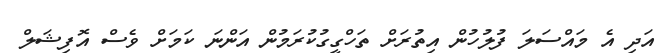
އަދި އެ މައްސަލަ ފުލުހުން އިތުރަށް ތަހްގީގުކުރަމުން އަންނަ ކަމަށް ވެސް އޮފިޝަލް